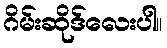
ဂိမ်းဆိုဒ်လေးပါ။